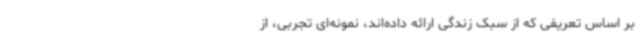
بر اساس تعریفی که از سبک زندگی ارائه داده‌اند، نمونه‌ای تجربی، از